Vaccination report Assam 1874-1896 - 1874-1896
Year: 1874
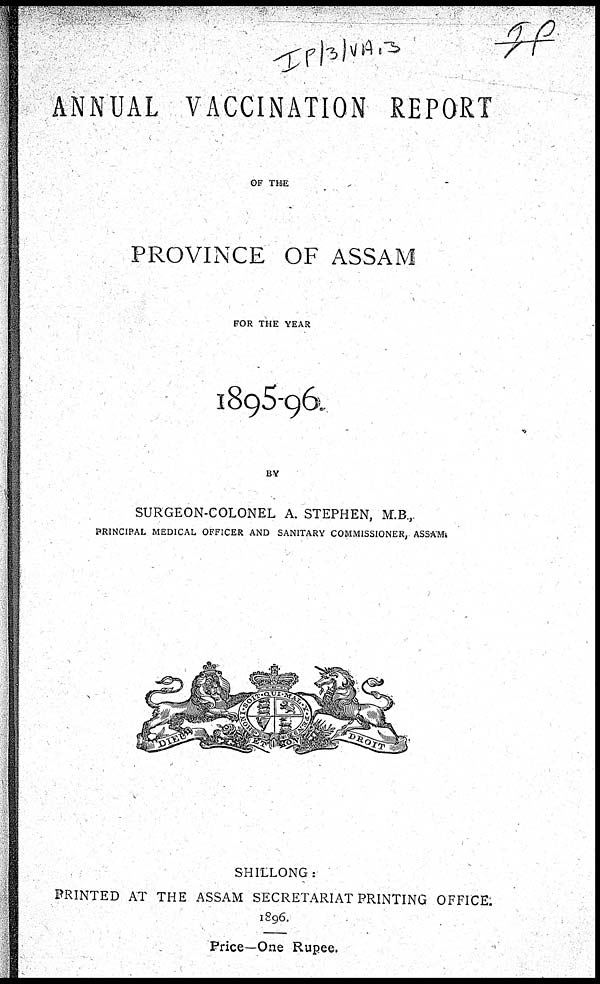
ANNUAL VACCINATION REPORT
OF THE
PROVINCE OF ASSAM
FOR THE YEAR
1895-96.
BY
SURGEON-COLONEL A. STEPHEN, M.B.,
PRINCIPAL MEDICAL OFFICER AND SANITARY COMMISSIONER, ASSAM.
SHILLONG:
PRINTED AT THE ASSAM SECRETARIAT PRINTING OFFICE.
1896.
Price—One Rupee.